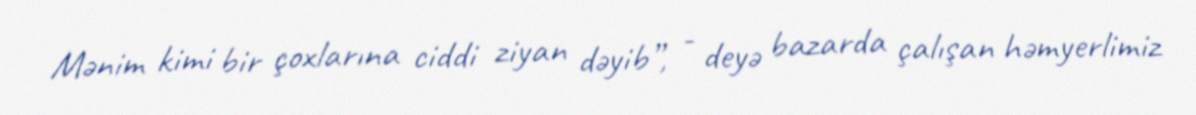
Mənim kimi bir çoxlarına ciddi ziyan dəyib”, - deyə bazarda çalışan həmyerlimiz